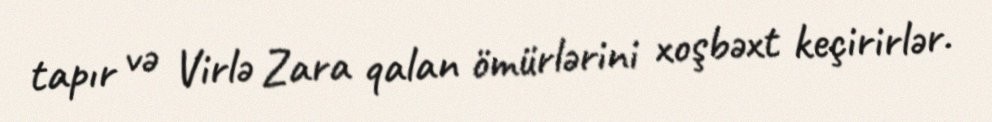
tapır və Virlə Zara qalan ömürlərini xoşbəxt keçirirlər.